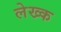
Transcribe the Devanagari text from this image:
लेख्क